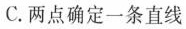
C.两点确定一条直线